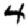
Digit: 4